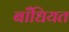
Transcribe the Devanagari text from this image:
बाँधियत